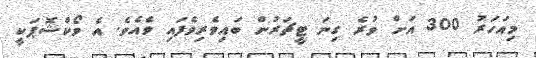
މިއަހަރު 300 އަށް ވުރެ ގިނަ ޓީޗަރުން ބައިވެރިވެފައި ވެއެވެ. އެ ވޯކްޝޮޕަކީ